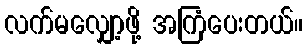
လက်မလျှော့ဖို့ အကြံပေးတယ်။